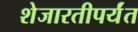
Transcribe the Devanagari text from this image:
शेजारतीपर्यंत